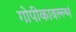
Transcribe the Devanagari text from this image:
गोपीकावल्ल्भं